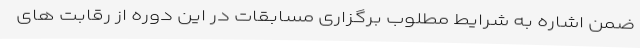
ضمن اشاره به شرایط مطلوب برگزاری مسابقات در این دوره از رقابت های